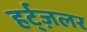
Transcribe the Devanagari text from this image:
हर्ट्ज़लर